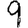
Digit: 9